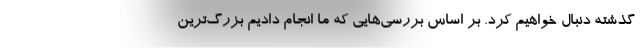
گذشته دنبال خواهیم کرد. بر اساس بررسی‌هایی که ما انجام دادیم بزرگ‌ترین